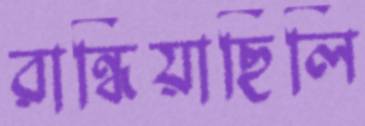
রান্ধিয়াছিলি